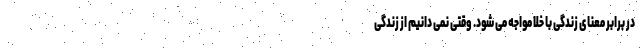
در برابر معنای زندگی با خلا مواجه می شود. وقتی نمی دانیم از زندگی